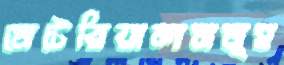
মেটেরিয়ালসমূহ